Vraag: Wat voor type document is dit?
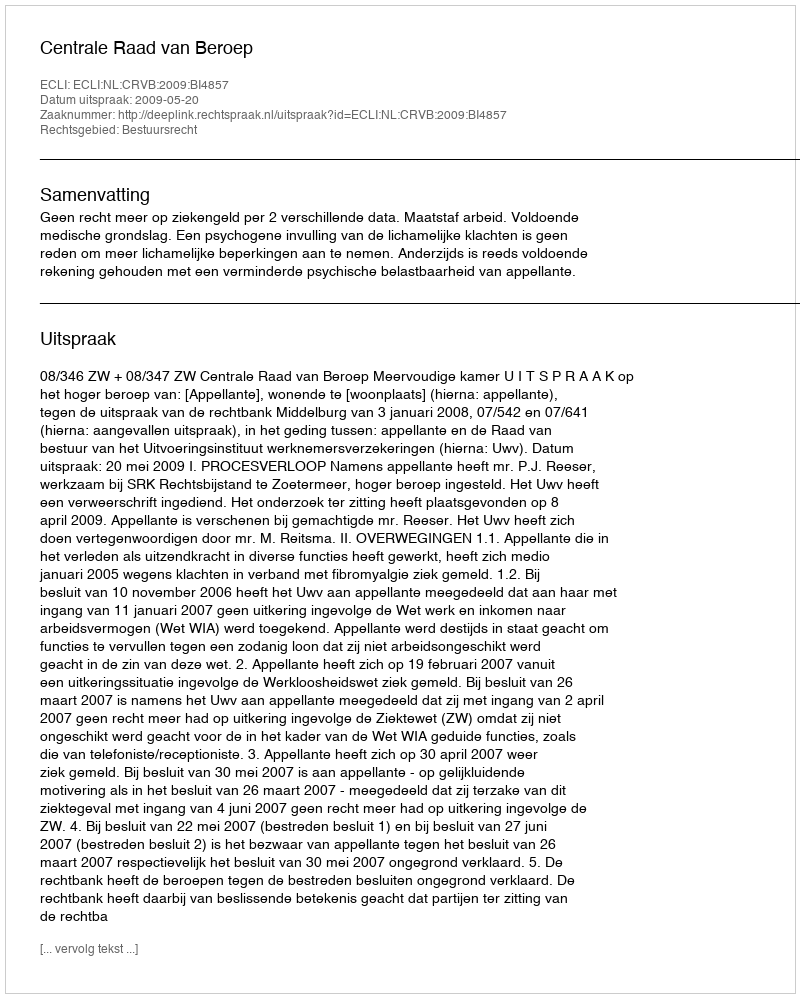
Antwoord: Uitspraak